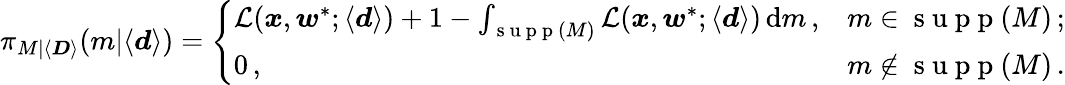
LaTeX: \pi_{M|\langle\boldsymbol{D}\rangle}(m|\langle\boldsymbol{d}\rangle)=\left\{ \begin{array}{ll}{\mathcal{L}(\boldsymbol{x},\boldsymbol{w}^{*};\langle\boldsymbol{d}\rangle)+1-\int_{\mathrm{~s~u~p~p~}(M)}\mathcal{L}(\boldsymbol{x},\boldsymbol{w}^{*};\langle\boldsymbol{d}\rangle)\, \textrm{d}m\, ,}&{m\in\mathrm{~s~u~p~p~}(M)\, ;}\\ {0\, ,}&{m\not\in\mathrm{~s~u~p~p~}(M)\, .}\end{array}\right.